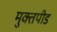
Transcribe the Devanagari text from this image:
मुक्तपीड